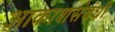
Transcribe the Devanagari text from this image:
आकाशसंबंधी